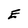
Character: E